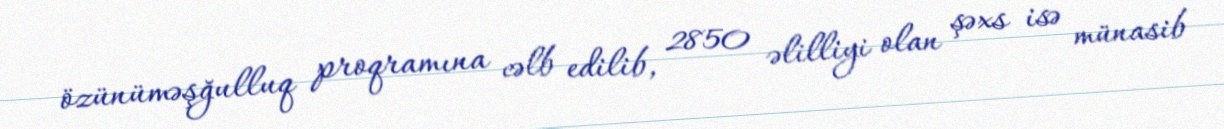
özünüməşğulluq proqramına cəlb edilib, 2850 əlilliyi olan şəxs isə münasib